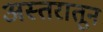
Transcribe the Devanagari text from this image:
अस्तरातून